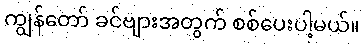
ကျွန်တော် ခင်ဗျားအတွက် စစ်ပေးပါ့မယ်။